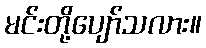
မင်းတို့ပျော်သလား။